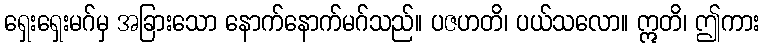
ရှေးရှေးမဂ်မှ အခြားသော နောက်နောက်မဂ်သည်။ ပဇဟတိ၊ ပယ်သလော။ ဣတိ၊ ဤကား